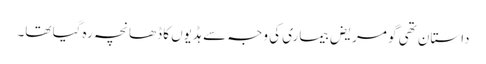
داستان تھی گو مریض بیماری کی وجہ سے ہڈیوں کا ڈھانچہ رہ گیا تھا۔